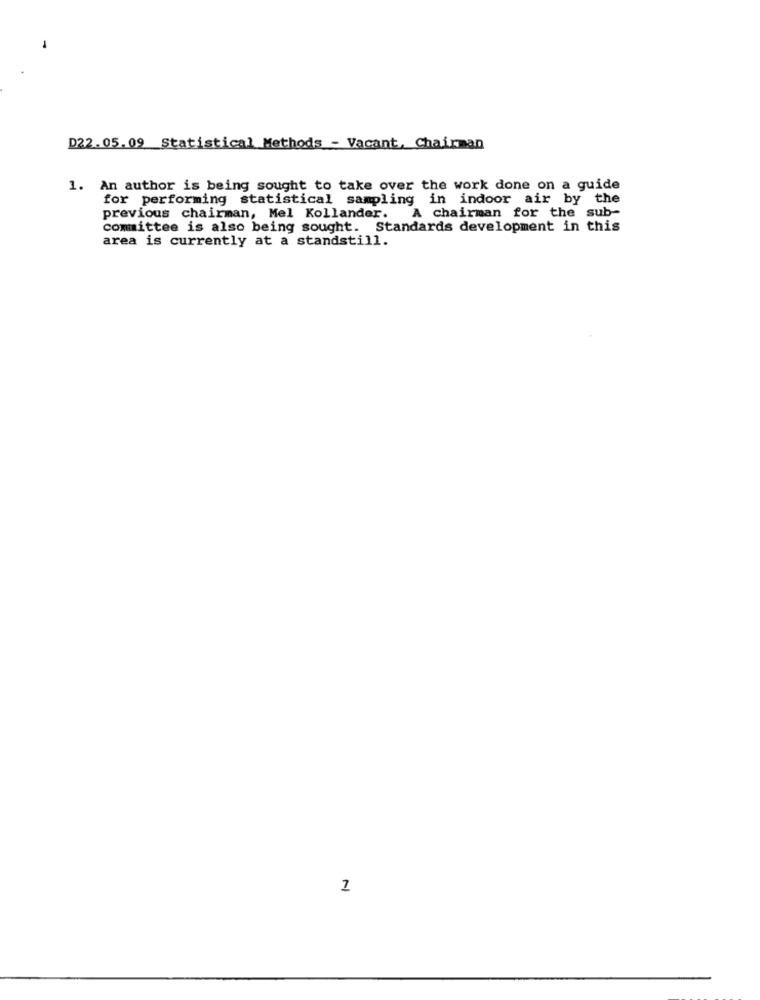
D22.05.09 Statistical Methods - Vacant, Chairman
1. An author is being sought to take over the work done on a guide
for performing statistical sampling in indoor air by the
previous chairman, Mel Kollander. A chairman for the sub-
committee is also being sought. Standards development in this
area is currently at a standstill.
1